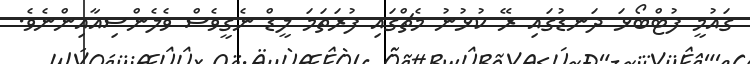
ގައުމީ ފުޓްބޯޅަ ދަނޑުގައި ރޭ ކުޅުނު މެޗްގައި ފުރަތަމަ ލީޑް ނެގީވެސް ވެލެންސިއާއިންނެވެ.